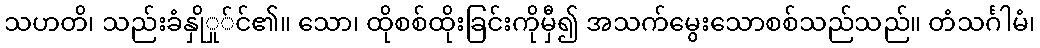
သဟတိ၊ သည်းခံနှိုှု်င်၏။ သော၊ ထိုစစ်ထိုးခြင်းကိုမှီ၍ အသက်မွေးသောစစ်သည်သည်။ တံသင်္ဂါမံ၊